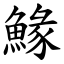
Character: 䱲